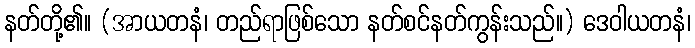
နတ်တို့၏။ (အာယတနံ၊ တည်ရာဖြစ်သော နတ်စင်နတ်ကွန်းသည်။) ဒေဝါယတနံ၊